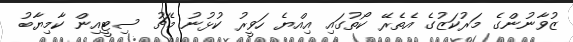
ޒުވާނުންގެ މަރުކަޒުގެ އެތެރޭ ކޯތުގައި އިއްޔެ ހަވީރު ކުޅުނު މެޗު ސިޓީއިން ކާމިޔާބު